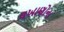
લખાણોના